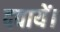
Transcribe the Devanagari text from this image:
दवायें।